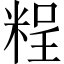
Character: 𥺆